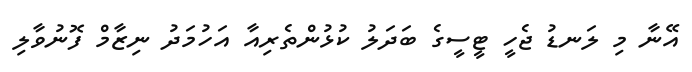
އޭނާ މި ލަނޑު ޖެހީ ޓީސީގެ ބަދަލު ކުޅުންތެރިއާ އަހުމަދު ނިޒާމް ފޮނުވާލި